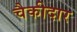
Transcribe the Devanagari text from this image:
चैकीदार